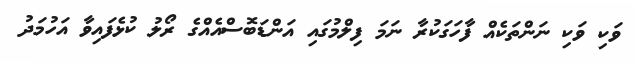
ވަކި ވަކި ނަންތަކެއް ފާހަގަކުރާ ނަމަ ފިލްމުގައި އަންޑަބޮސްއެއްގެ ރޯލު ކުޅެފައިވާ އަހުމަދު